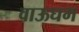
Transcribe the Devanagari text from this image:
वाऊघम